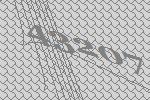
43207